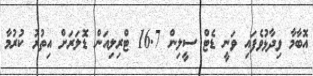
އޮބާމާ ވިދާޅުވެފައި ވަނީ ޑެޓް ސީލިން 16.7 ޓްރިލިއަން ޑޮލަރަށް އިތުރު ކުރުމާ